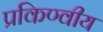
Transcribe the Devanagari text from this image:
प्रकिण्वीय